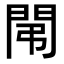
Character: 𨳤